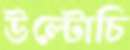
উল্টোচি